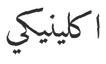
اكلينيكي